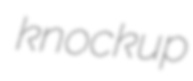
knockup